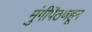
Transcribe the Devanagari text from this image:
मुंगीपैठणहून